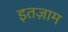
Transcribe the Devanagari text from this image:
इतज़ाम